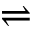
\rightleftharpoons